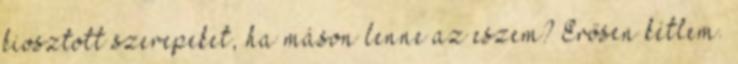
kiosztott szerepeket, ha máson lenne az eszem? Erősen kétlem.